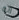
انه